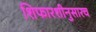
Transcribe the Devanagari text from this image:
शिफारशीनुसारच